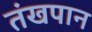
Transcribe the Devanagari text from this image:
तंखपान